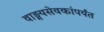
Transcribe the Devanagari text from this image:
वाङ्मयसेवकांपर्यंत